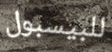
للبيسبول